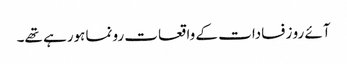
آئے رو زفسادات کے واقعات رونما ہورہے تھے۔